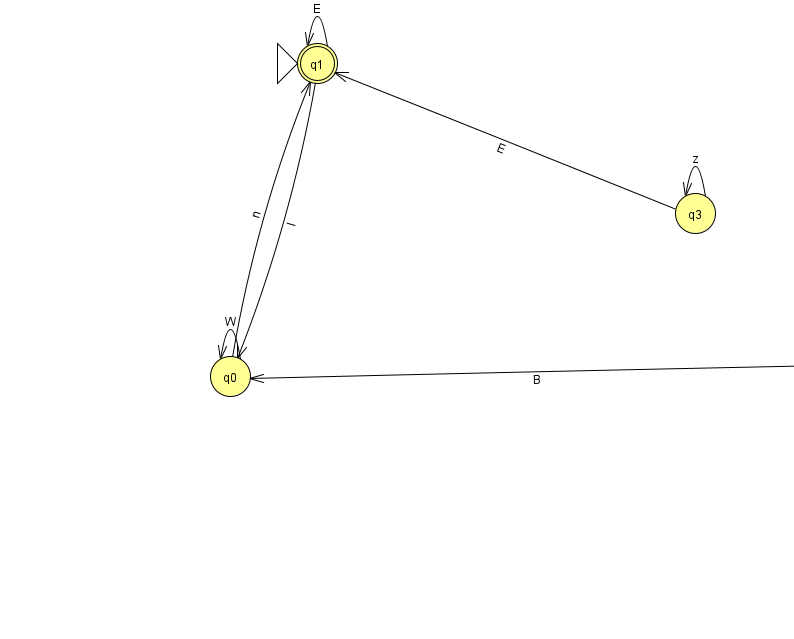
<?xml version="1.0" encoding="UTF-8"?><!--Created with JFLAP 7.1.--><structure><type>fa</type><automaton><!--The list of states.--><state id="0" name="q0"><x>230.0</x><y>363.0</y></state><state id="1" name="q1"><x>317.0</x><y>50.0</y><initial/><final/></state><state id="2" name="q2"><x>845.0</x><y>350.0</y></state><state id="3" name="q3"><x>695.0</x><y>200.0</y></state><!--The list of transitions.--><transition><from>3</from><to>1</to><read>E</read></transition><transition><from>2</from><to>2</to><read>D</read></transition><transition><from>1</from><to>1</to><read>E</read></transition><transition><from>0</from><to>0</to><read>W</read></transition><transition><from>1</from><to>0</to><read>l</read></transition><transition><from>0</from><to>1</to><read>n</read></transition><transition><from>3</from><to>3</to><read>z</read></transition><transition><from>2</from><to>0</to><read>B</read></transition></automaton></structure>